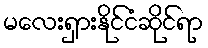
မလေးရှားနိုင်ငံဆိုင်ရာ